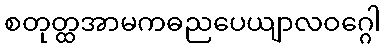
စတုတ္ထအာမကဓညပေယျာလဝဂ္ဂေါ